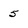
Character: 5